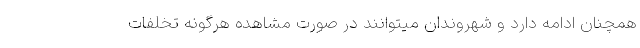
همچنان ادامه دارد و شهروندان میتوانند در صورت مشاهده هرگونه تخلفات